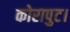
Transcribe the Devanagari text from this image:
कोरापुट।